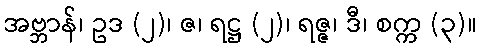
အဗ္ဘာန်၊ ဥဒ (၂)၊ ဇ၊ ရဋ္ဌ (၂)၊ ရဇ္ဇ၊ ဒီ၊ စက္က (၃)။